Report of the Municipal Commissioner on the plague in Bombay for the year ending 31st May... - Volume 1
Disease focus: Plague
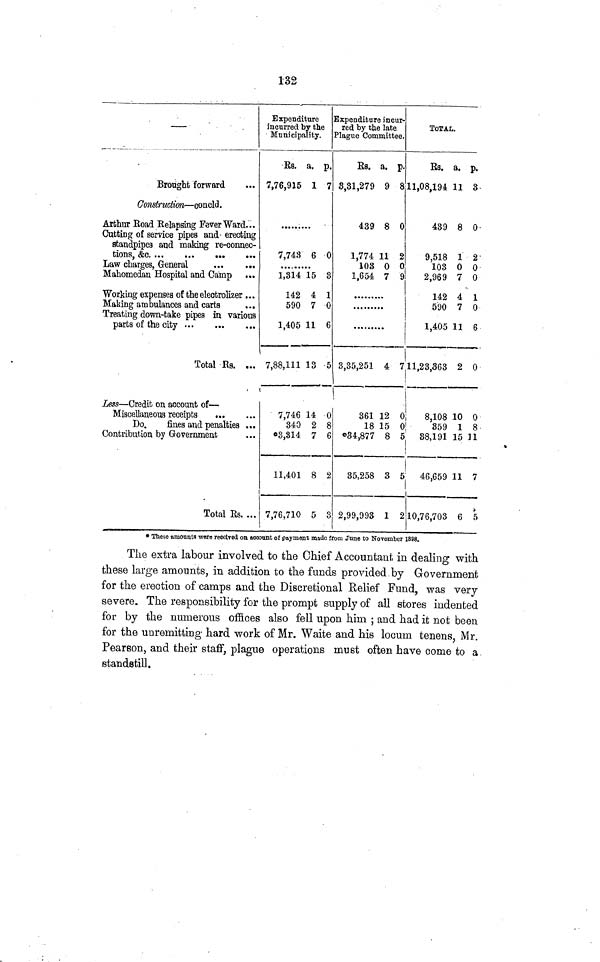
132
—
Brought forward
Construction — concld .
Arthur Road Relapsing Fever Ward...
Cutting of service pipes and erecting
standpipes and making re-connec-
Law charges, General
...
...
Mahomedan Hospital and Camp
Working expenses of the eleotrolizer ...
Making ambulances and carts
Treating down-take pipes in various
parts of the city
Total Rs. ...
Less — Credit on account of —
Miscellaneous receipts
Do. fines and penalties ...
Contribution by Government
Total Rs. ...
Expenditure
incurred by the
Municipality.
Rs. a. p.
7,76,915 1 7
7,743 6 0
1,314 15 3
142 4 1
590 7 0
1,405 11 6
7,88,111 13 5
7,746 14 0
340 2 8
3,314
7 6
11,401 8 2
7,76,710 5 3
Expenditure incur-
red by the late
Plague Committee.
Rs. a. p.
3,31,279 9 8
439 8 0
1,774 11 2
103 0 0
1,654 7 9
3,35,251 4 7
TOTAL.
Rs. a. p.
11,08,194 11 3
439 8 0
9,518 1 2
103 0 0
2,969 7 0
142 4 1
590 7 0
1,405 11 6
11,23,363 2 0
361 12 0 8,108 10 0
I
18 15 0
359 1 8
34,877 8 5 88,191 15 11
¡
Î
35,258 3 5
2,99,993 1
2
46,659 11 7
i
10,76,703 6 5
* These amounts were receivedd on account of payment made from June to November 1888.
The extra labour involved to the Chief Accountant in dealing with
these large amounts, in addition to the funds provided by Government
for the erection of camps and the Discretional Relief Fund, was very
severe. The responsibility for the prompt supply of all stores indented
for by the numerous offices also fell upon him ; and had it not been
for the unremitting hard work of Mr. Waite and his locum tenens, Mr.
Pearson, and their staff, plague operations must often have come to a
standstill.